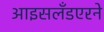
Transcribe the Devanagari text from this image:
आइसलँडएरने